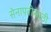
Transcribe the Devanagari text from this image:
सेनापतीसाठी